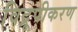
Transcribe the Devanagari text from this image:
विद्रूपीकरण